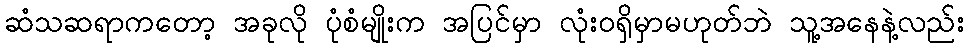
ဆံသဆရာကတော့ အခုလို ပုံစံမျိုးက အပြင်မှာ လုံးဝရှိမှာမဟုတ်ဘဲ သူ့အနေနဲ့လည်း